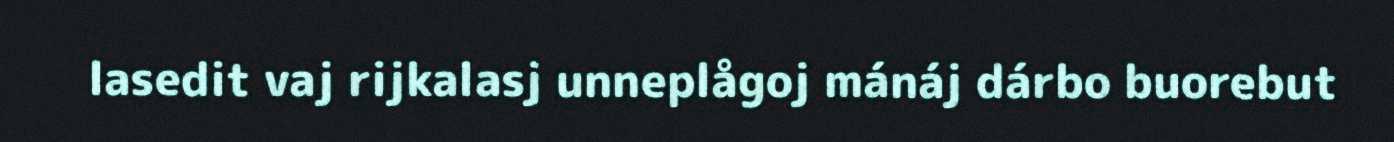
lasedit vaj rijkalasj unneplågoj mánáj dárbo buorebut